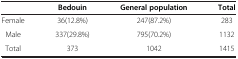
<table><thead><tr><td><b> </b></td><td><b>Bedouin</b></td><td><b>General population</b></td><td><b>Total</b></td></tr></thead><tbody><tr><td>Female</td><td>36(12.8%)</td><td>247(87.2%)</td><td>283</td></tr><tr><td>Male</td><td>337(29.8%)</td><td>795(70.2%)</td><td>1132</td></tr><tr><td>Total</td><td>373</td><td>1042</td><td>1415</td></tr></tbody></table>